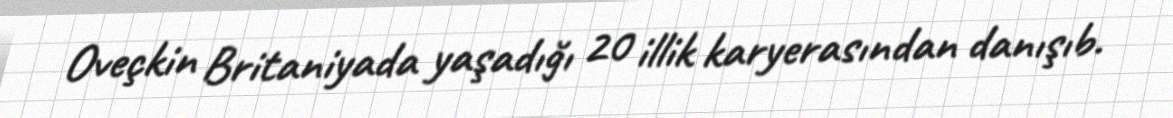
Oveçkin Britaniyada yaşadığı 20 illik karyerasından danışıb.